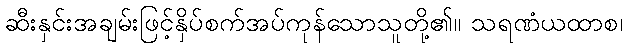
ဆီးနှင်းအချမ်းဖြင့်နှိပ်စက်အပ်ကုန်သောသူတို့၏။ သရဏံယထာစ၊